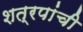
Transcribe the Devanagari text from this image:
शत्रपांची